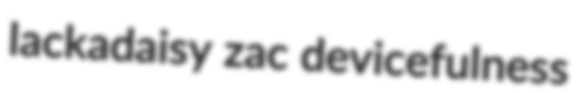
lackadaisy zac devicefulness